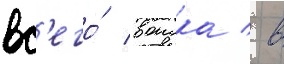
вс'его́ воиска / в